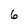
Character: 6